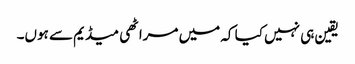
یقین ہی نہیں کیا کہ میں مراٹھی میڈیم سے ہوں۔